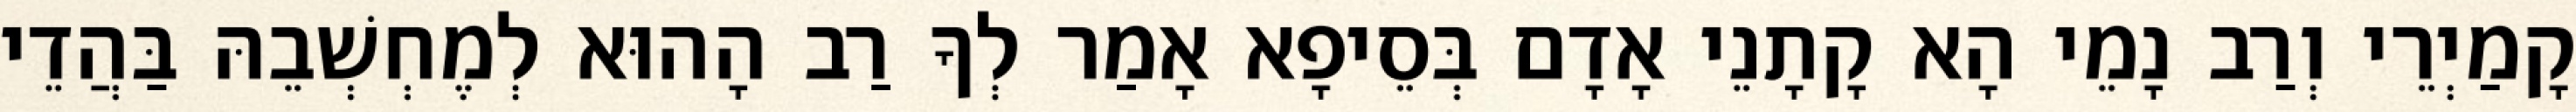
קָמַיְרֵי וְרַב נָמֵי הָא קָתָנֵי אָדָם בְּסֵיפָא אָמַר לְךָ רַב הָהוּא לְמֶחְשְׁבֵהּ בַּהֲדֵי